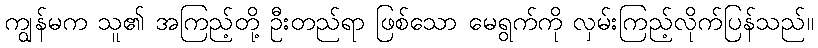
ကျွန်မက သူ၏ အကြည့်တို့ ဦးတည်ရာ ဖြစ်သော မေရွက်ကို လှမ်းကြည့်လိုက်ပြန်သည်။